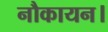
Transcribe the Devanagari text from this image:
नौकायन।